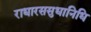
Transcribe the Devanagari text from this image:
राधारससुधानिधि